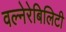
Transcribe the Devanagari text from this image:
वल्नेरेबिलिटी